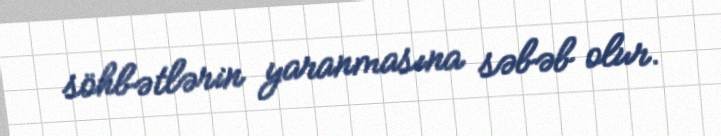
söhbətlərin yaranmasına səbəb olur.